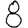
Digit: 8